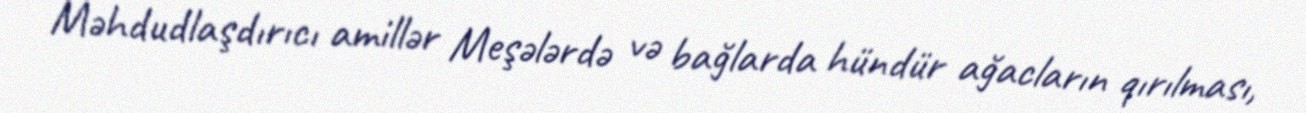
Məhdudlaşdırıcı amillər Meşələrdə və bağlarda hündür ağacların qırılması,